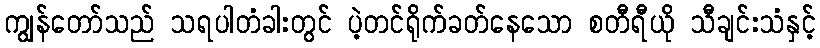
ကျွန်တော်သည် သရပါတံခါးတွင် ပဲ့တင်ရိုက်ခတ်နေသော စတီရီယို သီချင်းသံနှင့်